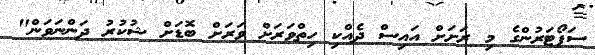
ސަޕޯޓަރުންގެ މި ރަށަށް އައިސް ދެއްކި ހިތްވަރަށް ވަރަށް ބޮޑަށް ޝުކުރު ދަންނަވަން"